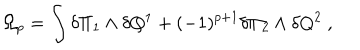
\Omega _ { p } = \int \delta \Pi _ { 1 } \wedge \delta Q ^ { 1 } + ( - 1 ) ^ { p + 1 } \delta \Pi _ { 2 } \wedge \delta Q ^ { 2 } \ ,